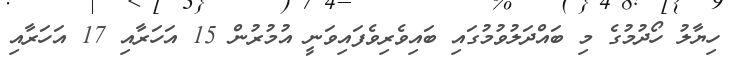
ހިޔާލު ހޯދުމުގެ މި ބައްދަލުވުމުގައި ބައިވެރިވެފައިވަނީ އުމުރުން 15 އަހަރާއި 17 އަހަރާއި